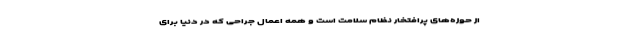
از حوزه‌های پرافتخار نظام سلامت است و همه اعمال جراحی که در دنیا برای